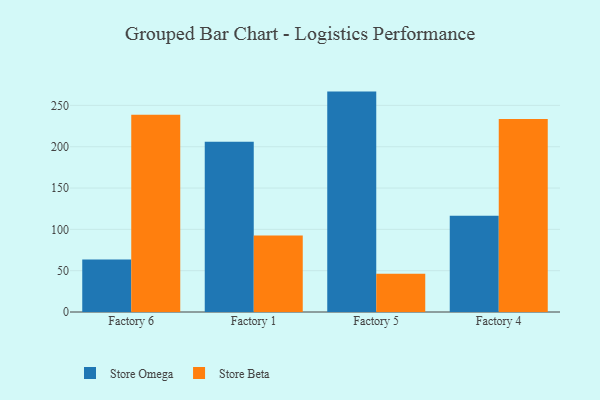
{"axis": {"x": "Factory", "y": "Website Visitors"}, "legend": ["Store Beta", "Store Omega"], "data": [{"x": "Factory 6", "y": 63.4, "type": "Store Omega"}, {"x": "Factory 6", "y": 238.7, "type": "Store Beta"}, {"x": "Factory 1", "y": 206.1, "type": "Store Omega"}, {"x": "Factory 1", "y": 92.6, "type": "Store Beta"}, {"x": "Factory 5", "y": 266.7, "type": "Store Omega"}, {"x": "Factory 5", "y": 46.3, "type": "Store Beta"}, {"x": "Factory 4", "y": 116.6, "type": "Store Omega"}, {"x": "Factory 4", "y": 233.4, "type": "Store Beta"}]}